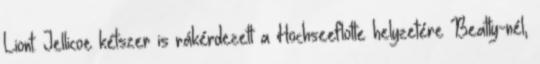
Liont. Jellicoe kétszer is rákérdezett a Hochseeflotte helyzetére Beatty-nél,